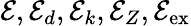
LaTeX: \mathcal{E},\mathcal{E}_{d},\mathcal{E}_{k},\mathcal{E}_{Z},\mathcal{E}_{\mathrm{ex}}